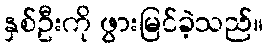
နှစ်ဦးကို ဖွားမြင်ခဲ့သည်။